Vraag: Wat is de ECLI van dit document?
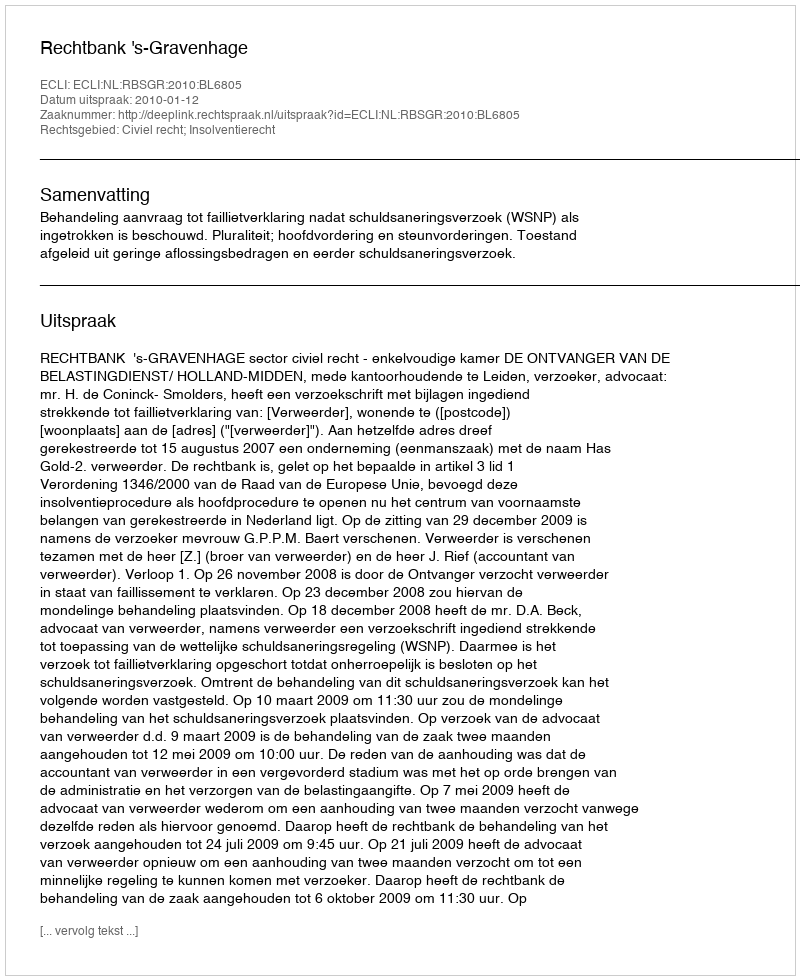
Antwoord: ECLI:NL:RBSGR:2010:BL6805